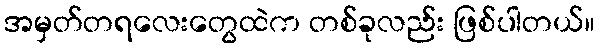
အမှတ်တရလေးတွေထဲက တစ်ခုလည်း ဖြစ်ပါတယ်။